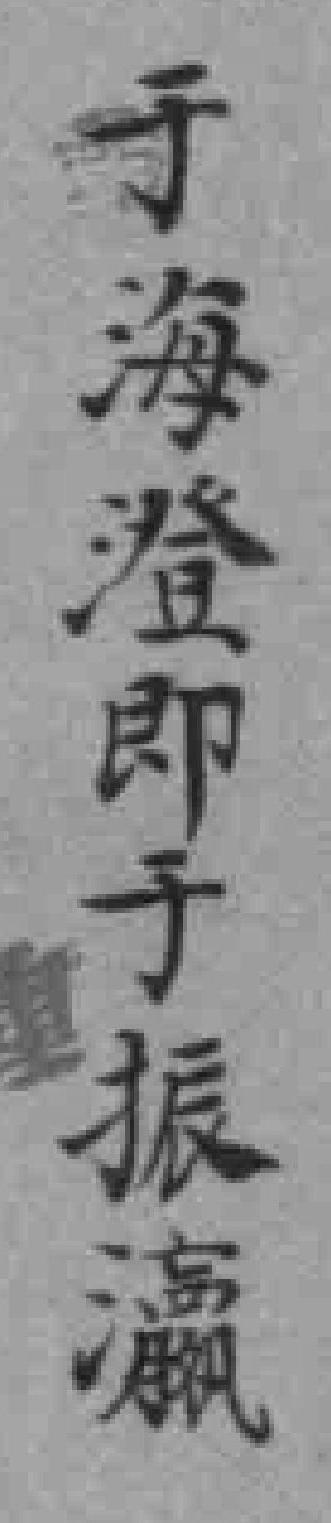
于海澄即于振瀛